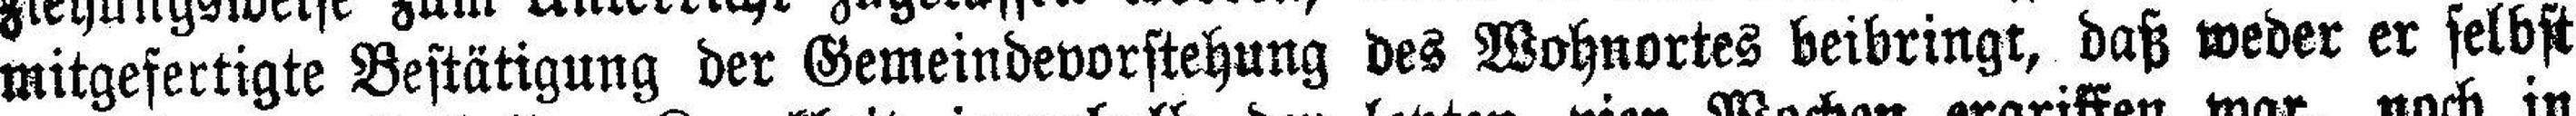
mitgefertigte Bestätigung der Gemeindevorstehung des Wohnortes beibringt, daß weder er selbst